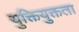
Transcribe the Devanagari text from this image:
युक्तियुक्तता